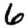
Digit: 6